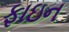
ફાઇન